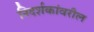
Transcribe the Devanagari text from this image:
निदर्शकांवरील